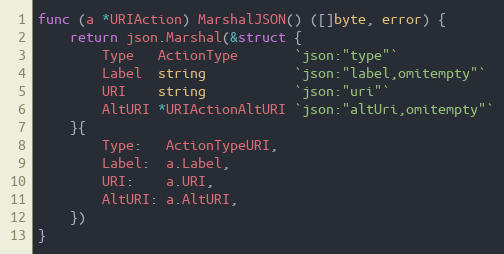
Language: Go
func (a *URIAction) MarshalJSON() ([]byte, error) {
	return json.Marshal(&struct {
		Type   ActionType       `json:"type"`
		Label  string           `json:"label,omitempty"`
		URI    string           `json:"uri"`
		AltURI *URIActionAltURI `json:"altUri,omitempty"`
	}{
		Type:   ActionTypeURI,
		Label:  a.Label,
		URI:    a.URI,
		AltURI: a.AltURI,
	})
}